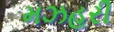
મઝહરી